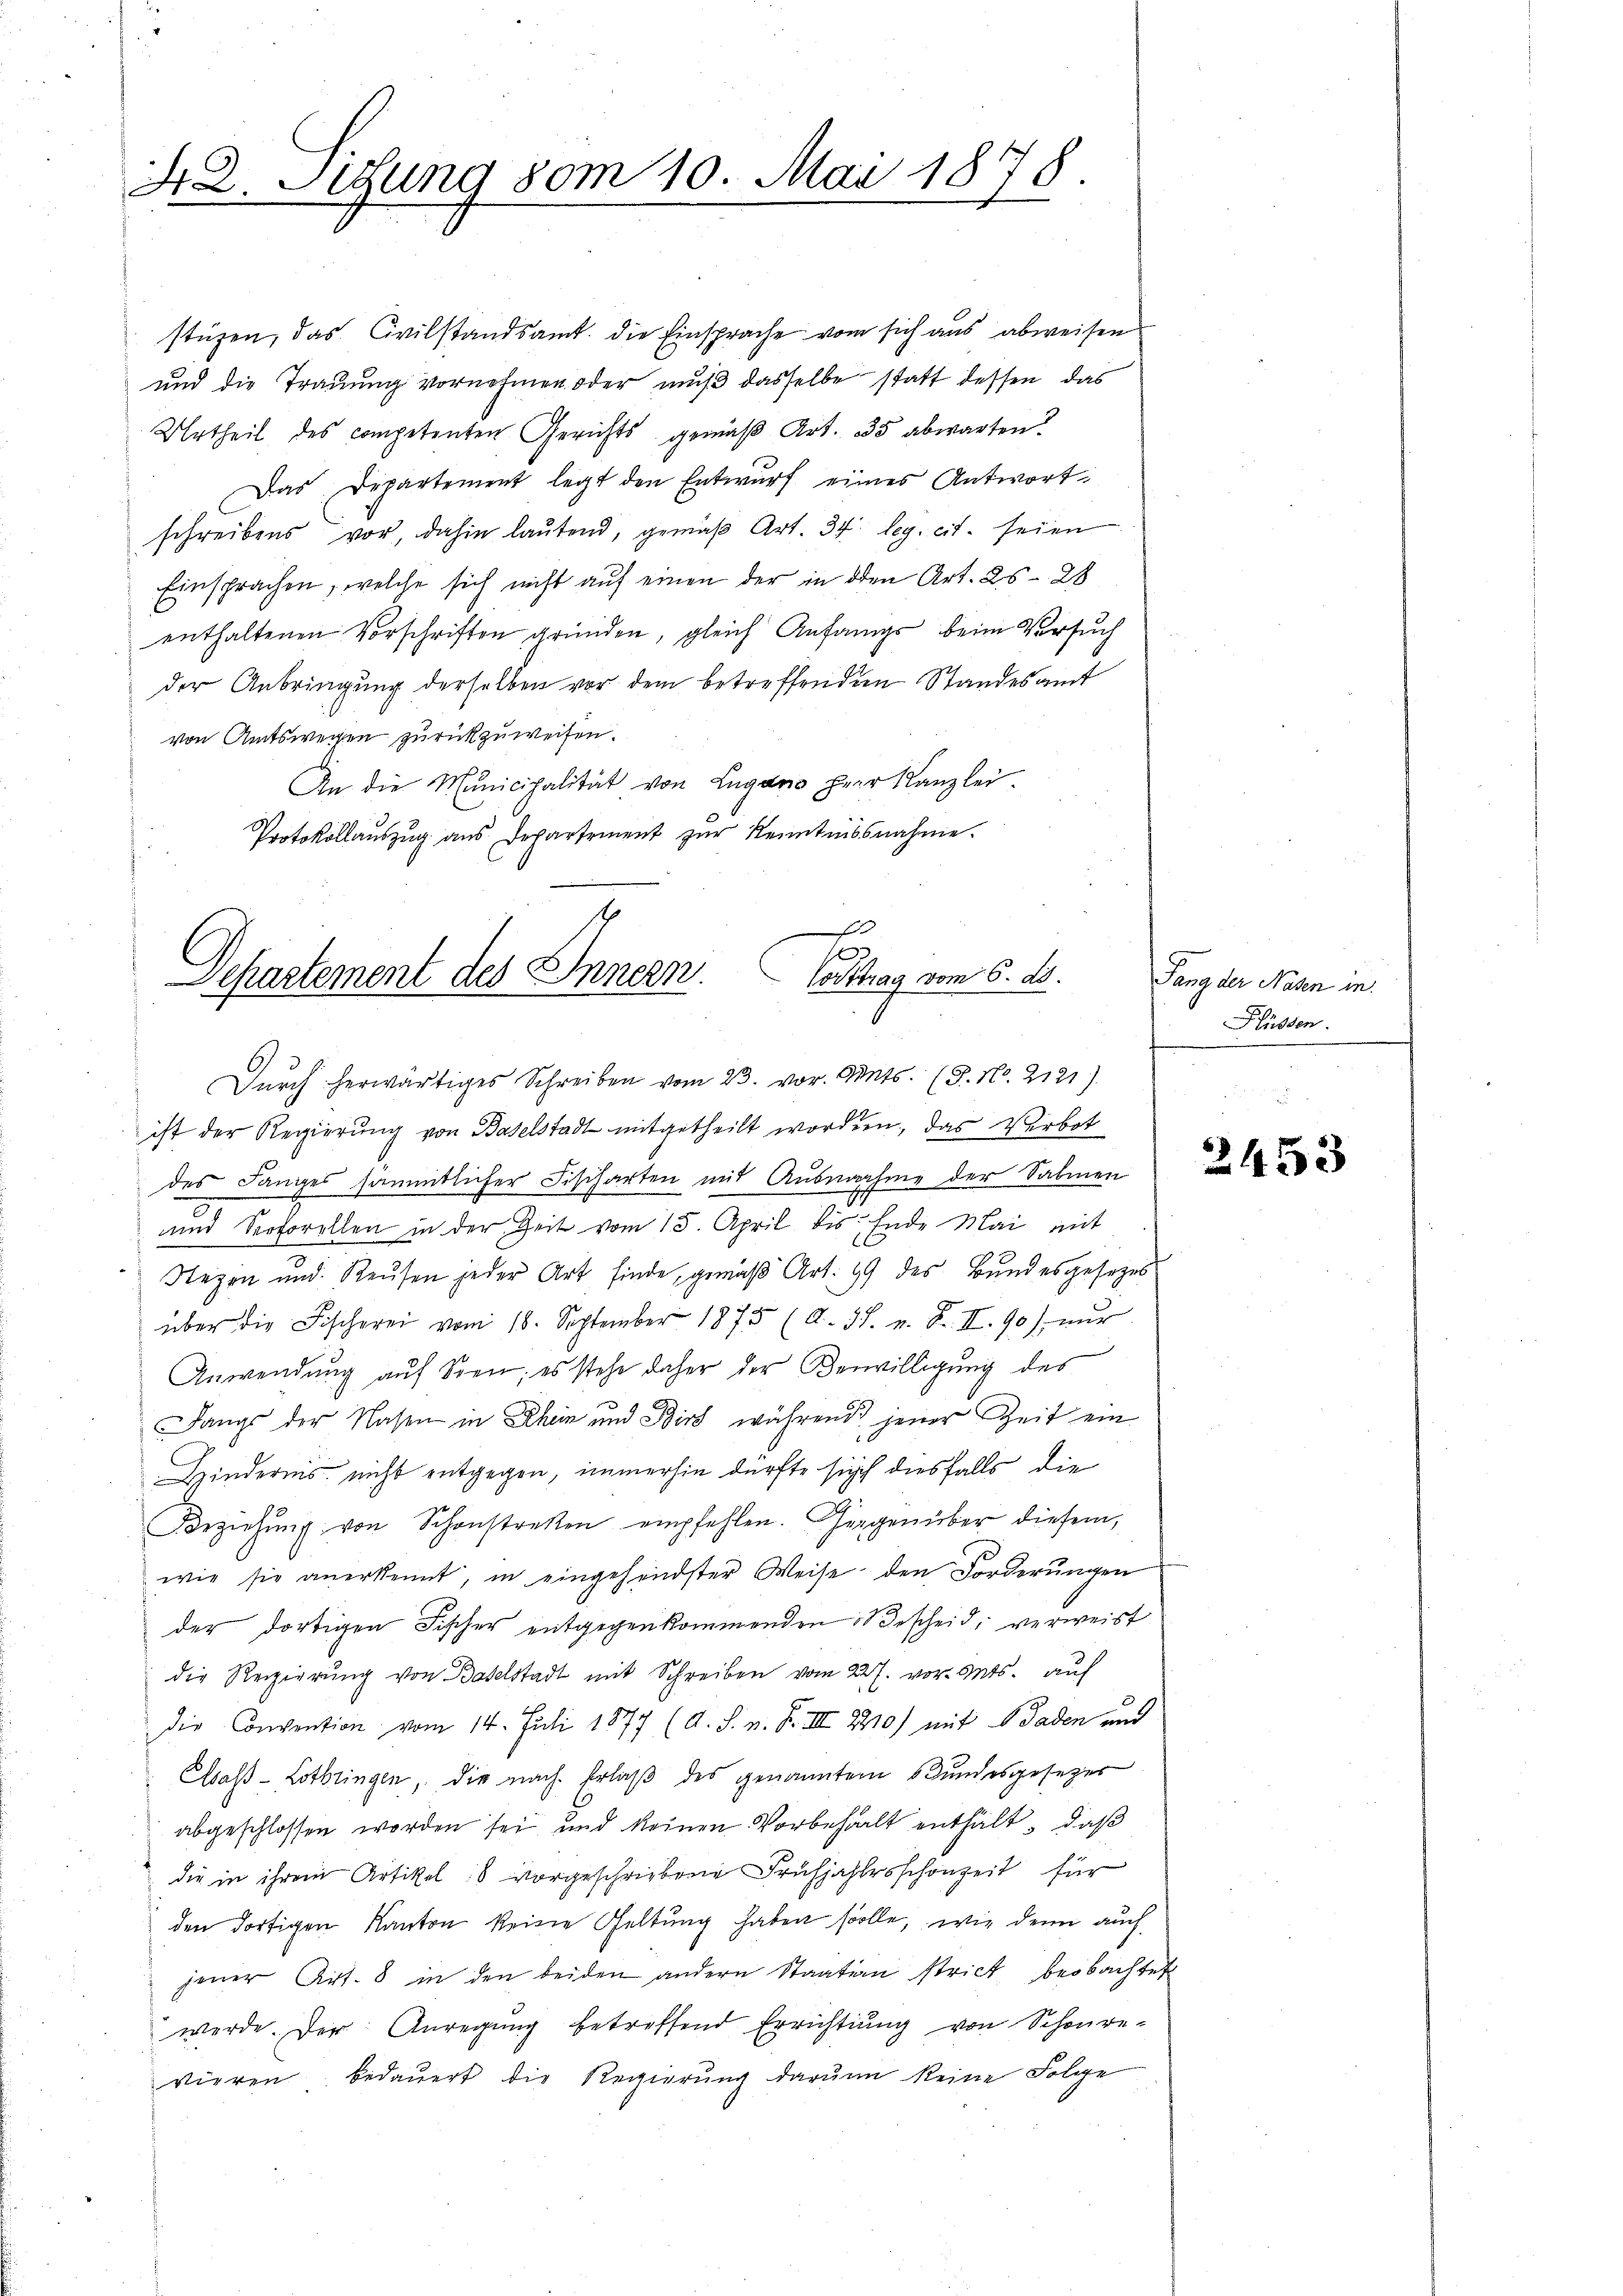
42. Sedung vom 10. Mai 1878

stüzen, das Civilstandsamt die Einsprache vom sich aus abweisen
und die Trauung vornehmen oder muß dasselbe statt dessen, das
Urtheil des competenten Gerichts gemäβ Art. 35 abwarten?
Das Departement legt den Entwurf eines Antwort
schreibens vor, dahin lautend, gemäβ Art. 34. leg. cit. seien
Einsprachen, welche sich nicht auf einen der in den Art. 25-28
enthaltenen Vorschriften gründen, gleich Anfangs beim Versuch
der Anbringung derselben vor dem betreffenden Standesamt
von Amtswegen zurückzuweisen.
An die Municipalität von Lugano Herr Kanzlei
Protokollaŭszŭg aŭs Departement zŭr Kenntnisnahme.

x
Vortrag vom 6. d.
Departement des Innern.
Dŭrch herwärtiges Schreiben vom 23. vor. Mts. (S. Nr. 2121)

ist der Regierung von Baselstadt mitgetheilt worden, das Verbot
des Langes sämmtlicher Fischarten mit Ausnahme der Sabinen
und Serforellen in der Zeit vom 15. April bis Ende Mai mit
Regen und Reusen jeder Art finde, gemäß Art. 49 des Bundesgesezes
über die Fischerei vom 16. September 1875 (A. 38. F. II. 90) nur
Anwendung auf Sten; es stehe daher der Verwilligung des
Dangs der Nasen in Rhein und Birt, während jener Zeit ein
Hinderins nicht entgegen, immerhin dürfte sich diesfalls die
Beziehŭng von Schonstretten empfehlen. Gegenüber diesem
wie sie anerkennt, in eingehendster Weise den Forderungen
der dortigen Fischer entgegenkommenden Bescheid, verweist
die Regierŭng von Baselstadt mit Schreiben vom 227. vor. Mts. auf
Die Convention vom 14. Juli 1877 (A. S. n. F. III 2410) mit d Gaden und
Caß-Lothringen, die nach Erlaß des genanntem Bundesgesetzer
abgeschlossen worden sei und keinen Vorbehalt enthält, daß
die in ihrem Artikel 16 vorgeschriebene Frühjahrsschonzeit für
den dortigen Kanton keine Geltung haben solle, wie denn auch
jener Art. 8 in den beiden andern Staaten strict beobachtet
werde. Der Anregung betreffend Errichtung von Scheure-
vieren bedauert die Regierung darum keine Folge

Fang der Nasen in
Plüssen.

2453